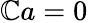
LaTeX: \mathbb{C}a=0